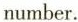
number.